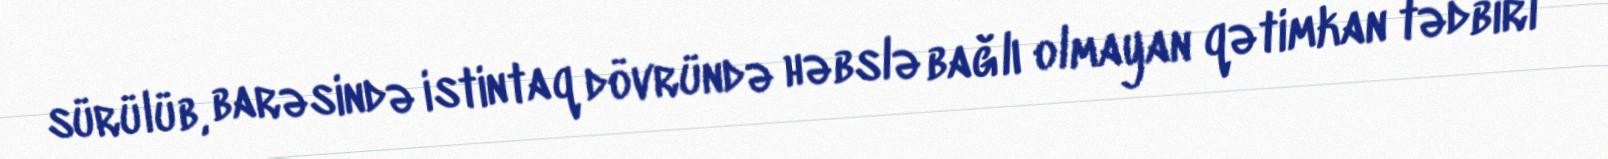
sürülüb, barəsində istintaq dövründə həbslə bağlı olmayan qətimkan tədbiri